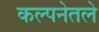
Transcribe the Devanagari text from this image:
कल्पनेतले